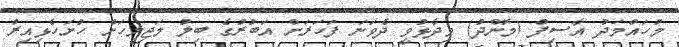
މުހައްމަދު އާސިފު (މޮންދު) ވިދާޅުވީ ދެވަނަ ފަހަރަށް އަބުރުގެ ބިލު މަޖިލީހަށް ހުށަހެޅިއިރު